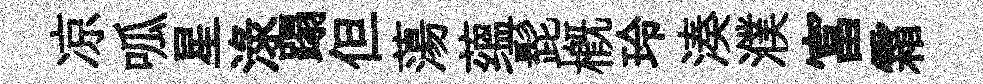
凉呱星渌蹋但蕩蕴髭槪玲湊濮富霜